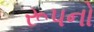
રૂપનો